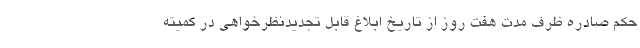
حکم صادره ظرف مدت هفت روز از تاریخ ابلاغ قابل تجدیدنظرخواهی در کمیته